Vaccination in the Punjab 1905-1918 - 1905-1918
Year: 1905
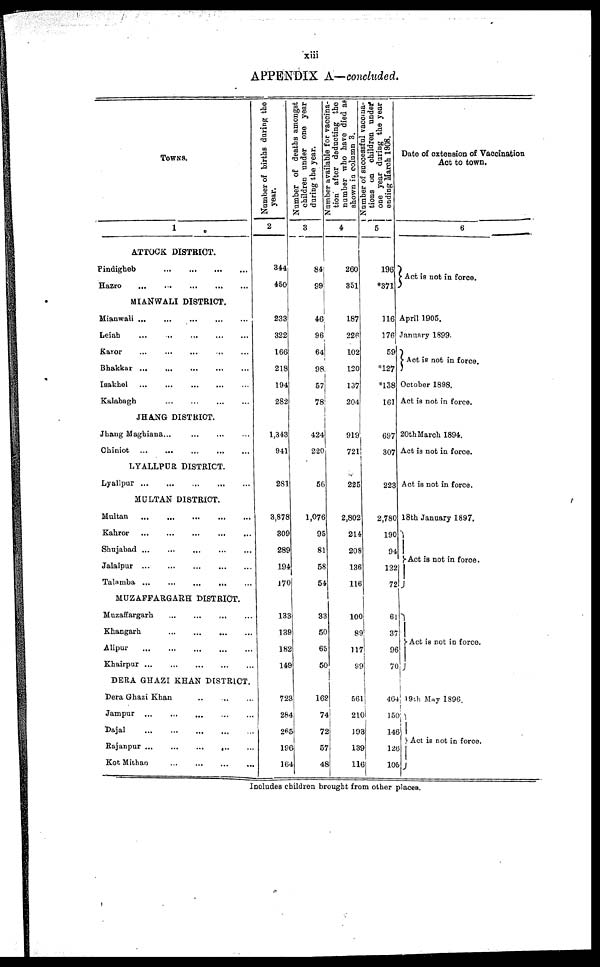
xiii
APPENDIX A—concluded.
TOWNS.
1
ATTOCK DISTRICT.
Pindigheb
...
...
...
...
Hazro
...
...
...
...
...
MIANWALI DISTRICT.
Mianwali
...
...
...
...
...
Leiah
...
...
...
...
...
Karor
...
...
...
...
...
Bhakkar ... ... ... ... ...
Isakhel
...
...
...
...
...
Kalabagh
...
...
...
...
JHANG DISTRICT.
Jhang Maghiana ... ... ... ...
Chiniot
...
...
...
...
...
LYALLPUR DISTRICT.
Lyallpur
...
...
...
...
...
MULTAN DISTRICT.
Multan
...
...
...
...
...
Kahror
...
...
...
...
...
Shujabad
...
...
...
...
...
Jalalpur
...
...
...
...
...
Talamba ... ... ... ... ...
MUZAFFARGARH DISTRICT.
Muzaffargarh ... ... ... ...
Khangarh
...
...
...
...
Alipur
...
...
...
...
...
Khairpur
...
...
...
...
...
DERA GHAZI KHAN DISTRICT.
Dera Ghazi Khan .. ... ...
Jampur
...
...
...
...
...
Dajal
...
...
...
...
...
Rajanpur ... ... ... ... ...
Kot Mithan
...
...
...
...
Number of births during the
year.
2
344
450
233
322
166
218
194
282
1,343
941
281
3,878
309
289
194
170
133
139
182
149
723
284
265
196
164
Number of deaths amongst
children under one year
during the year.
3
84
99
46
96
64
98
57
78
424
220
56
1,076
95
81
58
54
33
50
65
50
162
74
72
57
48
Number available for vaccina-
tion after deducting the
number who have died as
shown in column 3.
4
260
351
187
226
102
120
137
204
919
721
225
2,802
214
208
136
116
100
89
117
99
561
210
198
139
116
Number of successful vaccna-
tions on children under
one year during the year
ending March 1908.
5
196
*371
116
176
59
*127
*138
161
697
307
223
2,780
190
94
122
72
61
37
96
70
464
150
146
126
105
Date of extension of Vaccination.
Act to town.
6
Act is not in force.
April 1905.
January 1899.
Act is not in force.
October 1898.
Act is not in force.
20th March 1894.
Act is not in force.
Act is not in force.
18th January 1897.
Act is not in force.
Act is not in force.
19th May 1896.
Act is not in force.
Includes children brought from other places.